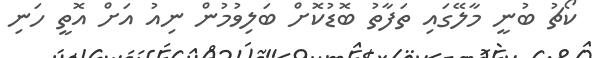
ކޯޗު ބުނީ މާލޭގައި ތަފާތު ބޮޑުކޮށް ބަލިވުމުން ނިއު އަށް އޮތީ ހަނި